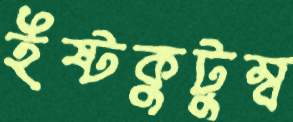
ইষ্টকুটুম্ব